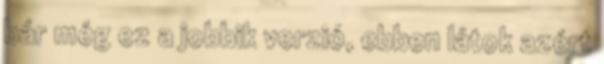
bár még ez a jobbik verzió, ebben látok azért